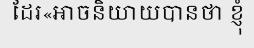
ដែរ«អាចនិយាយបានថា ខ្ញុំ